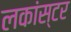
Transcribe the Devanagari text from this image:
लकांस्टर